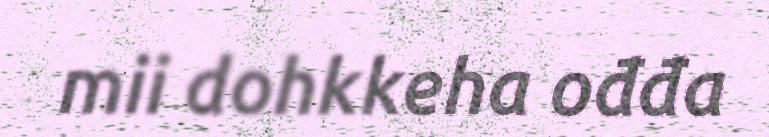
mii dohkkeha ođđa